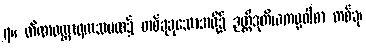
၇။ တိဏဝတ္ထာရကသမထ၌ တစ်ခုခုသောအဖို့၌ ဉတ္တိဒုတိယကမ္မဝါစာ တစ်ခု၊